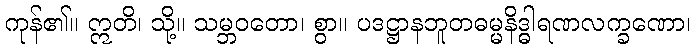
ကုန်၏။ ဣတိ၊ သို့။ သမ္ဘဝတော၊ စွာ။ ပဒဋ္ဌာနဘူတဓမ္မနိဒ္ဓါရဏလက္ခဏော၊